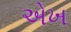
એખ